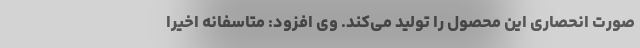
صورت انحصاری این محصول را تولید می‌کند. وی افزود: متاسفانه اخیرا